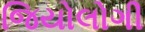
જિયોલોગી